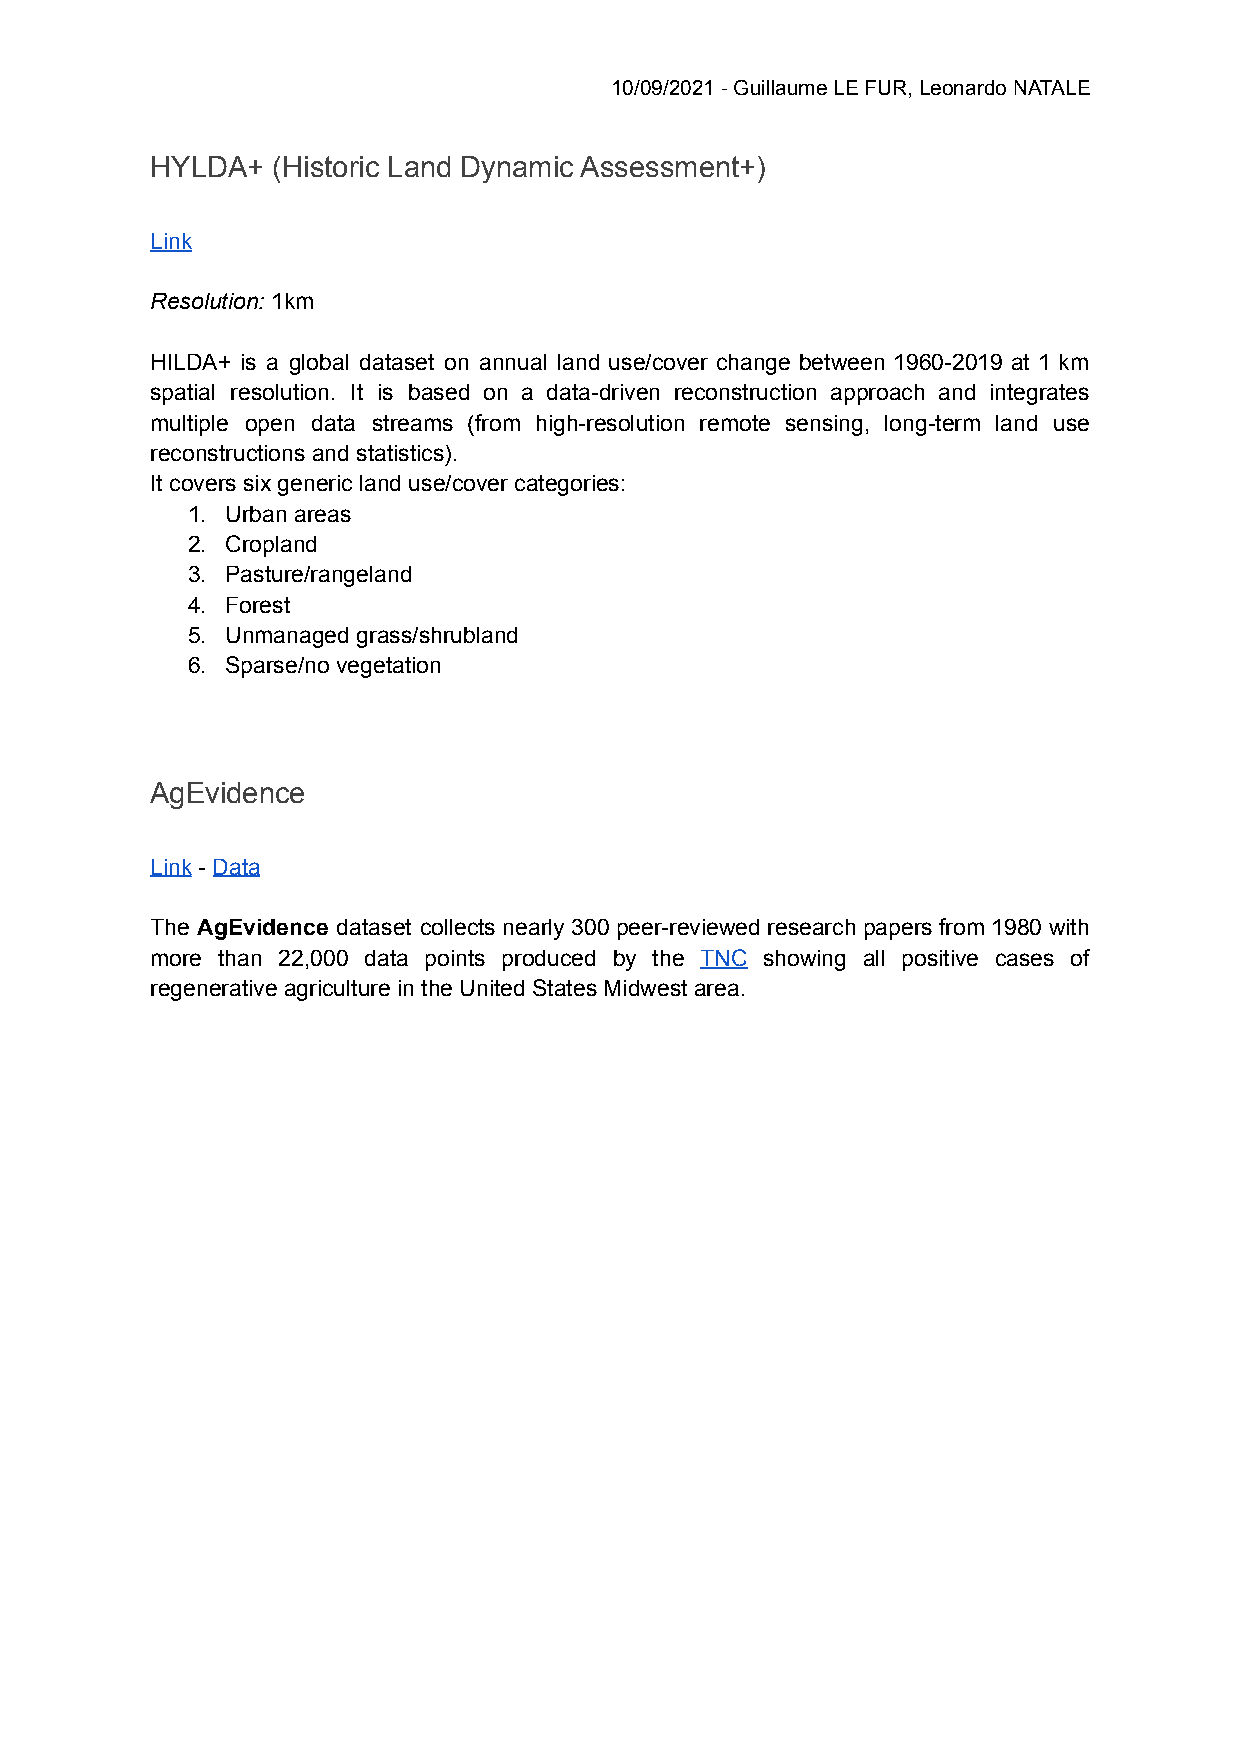
10/09/2021 - Guillaume LE FUR, Leonardo NATALE
 HYLDA+  (Historic Land Dynamic Assessment+)
 Link
 Resolution: 1km
 HILDA+ is a global dataset on annual land use/cover change between 1960-2019 at 1 km
 spatial resolution. It is based on a data-driven reconstruction approach and integrates
 multiple open data streams (from high-resolution remote sensing, long-term land use
 reconstructions and statistics).
 It covers six generic land use/cover categories:
 1. Urban areas
 2. Cropland
 3. Pasture/rangeland
 4. Forest
 5. Unmanaged grass/shrubland
 6. Sparse/no vegetation
 AgEvidence
 Link - Data
 The AgEvidence dataset collects nearly 300 peer-reviewed research papers from 1980 with
 more than 22,000 data points produced by the TNC showing all positive cases of
 regenerative agriculture in the United States Midwest area.